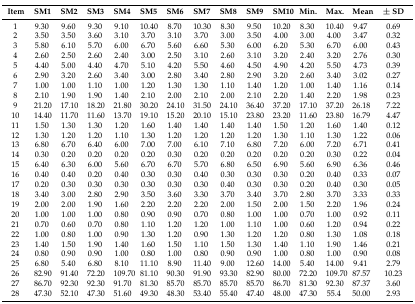
<table><thead><tr><td><b>Item</b></td><td><b>SM1</b></td><td><b>SM2</b></td><td><b>SM3</b></td><td><b>SM4</b></td><td><b>SM5</b></td><td><b>SM6</b></td><td><b>SM7</b></td><td><b>SM8</b></td><td><b>SM9</b></td><td><b>SM10</b></td><td><b>Min.</b></td><td><b>Max.</b></td><td><b>Mean</b></td><td><b>± SD</b></td></tr></thead><tbody><tr><td>1</td><td>9.30</td><td>9.60</td><td>9.30</td><td>9.10</td><td>10.40</td><td>8.70</td><td>10.30</td><td>8.30</td><td>9.50</td><td>10.20</td><td>8.30</td><td>10.40</td><td>9.47</td><td>0.69</td></tr><tr><td>2</td><td>3.50</td><td>3.50</td><td>3.60</td><td>3.10</td><td>3.70</td><td>3.10</td><td>3.70</td><td>3.00</td><td>3.50</td><td>4.00</td><td>3.00</td><td>4.00</td><td>3.47</td><td>0.32</td></tr><tr><td>3</td><td>5.80</td><td>6.10</td><td>5.70</td><td>6.00</td><td>6.70</td><td>5.60</td><td>6.60</td><td>5.30</td><td>6.00</td><td>6.20</td><td>5.30</td><td>6.70</td><td>6.00</td><td>0.43</td></tr><tr><td>4</td><td>2.60</td><td>2.50</td><td>2.60</td><td>2.40</td><td>3.00</td><td>2.50</td><td>3.10</td><td>2.60</td><td>3.10</td><td>3.20</td><td>2.40</td><td>3.20</td><td>2.76</td><td>0.30</td></tr><tr><td>5</td><td>4.40</td><td>5.00</td><td>4.40</td><td>4.70</td><td>5.10</td><td>4.20</td><td>5.50</td><td>4.60</td><td>4.50</td><td>4.90</td><td>4.20</td><td>5.50</td><td>4.73</td><td>0.39</td></tr><tr><td>6</td><td>2.90</td><td>3.20</td><td>2.60</td><td>3.40</td><td>3.00</td><td>2.80</td><td>3.40</td><td>2.80</td><td>2.90</td><td>3.20</td><td>2.60</td><td>3.40</td><td>3.02</td><td>0.27</td></tr><tr><td>7</td><td>1.00</td><td>1.00</td><td>1.10</td><td>1.00</td><td>1.20</td><td>1.30</td><td>1.30</td><td>1.10</td><td>1.40</td><td>1.20</td><td>1.00</td><td>1.40</td><td>1.16</td><td>0.14</td></tr><tr><td>8</td><td>2.10</td><td>1.90</td><td>1.90</td><td>1.40</td><td>2.10</td><td>2.00</td><td>2.10</td><td>2.00</td><td>2.10</td><td>2.20</td><td>1.40</td><td>2.20</td><td>1.98</td><td>0.23</td></tr><tr><td>9</td><td>21.20</td><td>17.10</td><td>18.20</td><td>21.80</td><td>30.20</td><td>24.10</td><td>31.50</td><td>24.10</td><td>36.40</td><td>37.20</td><td>17.10</td><td>37.20</td><td>26.18</td><td>7.22</td></tr><tr><td>10</td><td>14.40</td><td>11.70</td><td>11.60</td><td>13.70</td><td>19.10</td><td>15.20</td><td>20.10</td><td>15.10</td><td>23.80</td><td>23.20</td><td>11.60</td><td>23.80</td><td>16.79</td><td>4.47</td></tr><tr><td>11</td><td>1.50</td><td>1.30</td><td>1.30</td><td>1.20</td><td>1.60</td><td>1.40</td><td>1.40</td><td>1.40</td><td>1.40</td><td>1.50</td><td>1.20</td><td>1.60</td><td>1.40</td><td>0.12</td></tr><tr><td>12</td><td>1.30</td><td>1.20</td><td>1.20</td><td>1.10</td><td>1.30</td><td>1.20</td><td>1.20</td><td>1.20</td><td>1.20</td><td>1.30</td><td>1.10</td><td>1.30</td><td>1.22</td><td>0.06</td></tr><tr><td>13</td><td>6.80</td><td>6.70</td><td>6.40</td><td>6.00</td><td>7.00</td><td>7.00</td><td>6.10</td><td>7.10</td><td>6.80</td><td>7.20</td><td>6.00</td><td>7.20</td><td>6.71</td><td>0.41</td></tr><tr><td>14</td><td>0.30</td><td>0.20</td><td>0.20</td><td>0.20</td><td>0.20</td><td>0.30</td><td>0.20</td><td>0.20</td><td>0.20</td><td>0.20</td><td>0.20</td><td>0.30</td><td>0.22</td><td>0.04</td></tr><tr><td>15</td><td>6.40</td><td>6.30</td><td>6.00</td><td>5.60</td><td>6.70</td><td>6.70</td><td>5.70</td><td>6.80</td><td>6.50</td><td>6.90</td><td>5.60</td><td>6.90</td><td>6.36</td><td>0.46</td></tr><tr><td>16</td><td>0.40</td><td>0.40</td><td>0.20</td><td>0.40</td><td>0.30</td><td>0.30</td><td>0.40</td><td>0.30</td><td>0.30</td><td>0.30</td><td>0.20</td><td>0.40</td><td>0.33</td><td>0.07</td></tr><tr><td>17</td><td>0.20</td><td>0.30</td><td>0.30</td><td>0.30</td><td>0.30</td><td>0.30</td><td>0.30</td><td>0.40</td><td>0.30</td><td>0.30</td><td>0.20</td><td>0.40</td><td>0.30</td><td>0.05</td></tr><tr><td>18</td><td>3.40</td><td>3.00</td><td>2.80</td><td>2.90</td><td>3.50</td><td>3.60</td><td>3.30</td><td>3.70</td><td>3.40</td><td>3.70</td><td>2.80</td><td>3.70</td><td>3.33</td><td>0.33</td></tr><tr><td>19</td><td>2.00</td><td>2.00</td><td>1.90</td><td>1.60</td><td>2.20</td><td>2.20</td><td>2.20</td><td>2.00</td><td>1.50</td><td>2.00</td><td>1.50</td><td>2.20</td><td>1.96</td><td>0.24</td></tr><tr><td>20</td><td>1.00</td><td>1.00</td><td>1.00</td><td>0.80</td><td>0.90</td><td>0.90</td><td>0.70</td><td>0.80</td><td>1.00</td><td>1.00</td><td>0.70</td><td>1.00</td><td>0.92</td><td>0.11</td></tr><tr><td>21</td><td>0.70</td><td>0.60</td><td>0.70</td><td>0.80</td><td>1.10</td><td>1.20</td><td>1.20</td><td>1.00</td><td>1.10</td><td>1.00</td><td>0.60</td><td>1.20</td><td>0.94</td><td>0.22</td></tr><tr><td>22</td><td>1.00</td><td>0.80</td><td>1.00</td><td>0.90</td><td>1.30</td><td>1.20</td><td>0.90</td><td>1.30</td><td>1.20</td><td>1.20</td><td>0.80</td><td>1.30</td><td>1.08</td><td>0.18</td></tr><tr><td>23</td><td>1.40</td><td>1.50</td><td>1.90</td><td>1.40</td><td>1.60</td><td>1.50</td><td>1.10</td><td>1.50</td><td>1.30</td><td>1.40</td><td>1.10</td><td>1.90</td><td>1.46</td><td>0.21</td></tr><tr><td>24</td><td>0.80</td><td>0.90</td><td>0.90</td><td>1.00</td><td>0.80</td><td>1.00</td><td>0.80</td><td>0.90</td><td>0.90</td><td>1.00</td><td>0.80</td><td>1.00</td><td>0.90</td><td>0.08</td></tr><tr><td>25</td><td>6.80</td><td>5.40</td><td>6.80</td><td>8.10</td><td>11.10</td><td>8.90</td><td>11.40</td><td>9.00</td><td>12.60</td><td>14.00</td><td>5.40</td><td>14.00</td><td>9.41</td><td>2.79</td></tr><tr><td>26</td><td>82.90</td><td>91.40</td><td>72.20</td><td>109.70</td><td>81.10</td><td>90.30</td><td>91.90</td><td>93.30</td><td>82.90</td><td>80.00</td><td>72.20</td><td>109.70</td><td>87.57</td><td>10.23</td></tr><tr><td>27</td><td>86.70</td><td>92.30</td><td>92.30</td><td>91.70</td><td>81.30</td><td>85.70</td><td>85.70</td><td>85.70</td><td>85.70</td><td>86.70</td><td>81.30</td><td>92.30</td><td>87.37</td><td>3.60</td></tr><tr><td>28</td><td>47.30</td><td>52.10</td><td>47.30</td><td>51.60</td><td>49.30</td><td>48.30</td><td>53.40</td><td>55.40</td><td>47.40</td><td>48.00</td><td>47.30</td><td>55.4</td><td>50.00</td><td>2.93</td></tr></tbody></table>